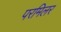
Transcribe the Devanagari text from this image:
परमिलर